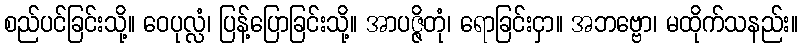
စည်ပင်ခြင်းသို့။ ဝေပုလ္လံ၊ ပြန့်ပြောခြင်းသို့။ အာပဇ္ဇိတုံ၊ ရောခြင်းငှာ။ အဘဗ္ဗော၊ မထိုက်သနည်း။